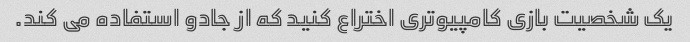
یک شخصیت بازی کامپیوتری اختراع کنید که از جادو استفاده می کند.